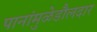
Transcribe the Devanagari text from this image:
पानांमुळेडौलदार